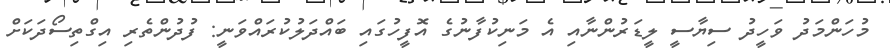
މުހަންމަދު ވަހީދު ސިޔާސީ ލީޑަރުންނާއި އެ މަނިކުފާނުގެ އޮފީހުގައި ބައްދަލުކުރައްވަނީ: ފުދުންތެރި އިގްތިސޯދަކަށް